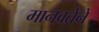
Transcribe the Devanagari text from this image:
मानवतेने